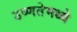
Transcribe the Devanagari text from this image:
उष्णतेमध्ये